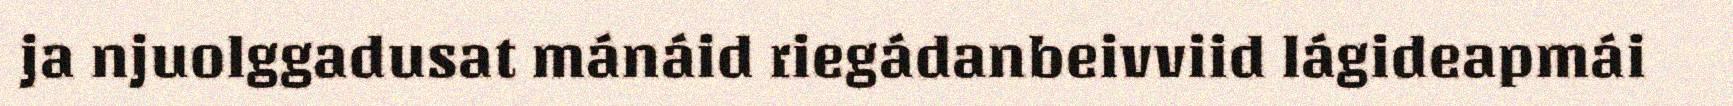
ja njuolggadusat mánáid riegádanbeivviid lágideapmái